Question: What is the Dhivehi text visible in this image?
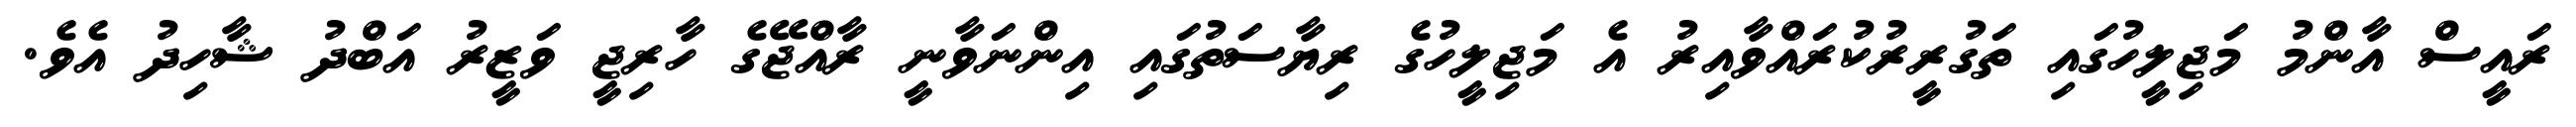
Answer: ރައީސް އާންމު މަޖިލީހުގައި ތަގުރީރުކުރައްވާއިރު އެ މަޖިލީހުގެ ރިޔާސަތުގައި އިންނަވާނީ ރާއްޖޭގެ ހާރިޖީ ވަޒީރު އަބްދު ޝާހިދު އެވެ.